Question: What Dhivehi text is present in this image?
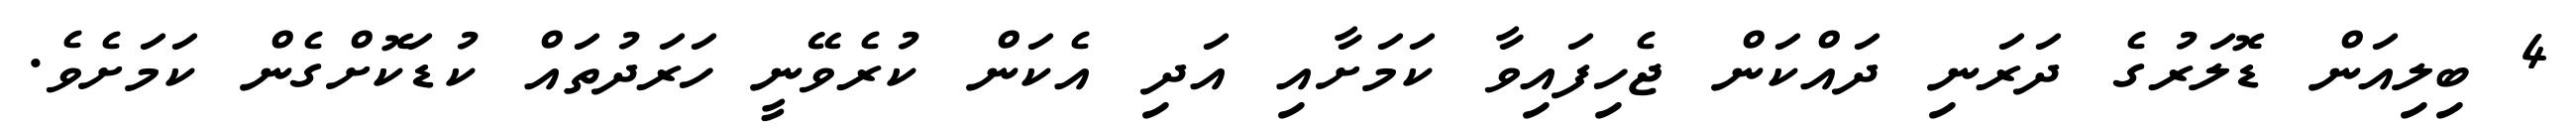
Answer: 4 ބިލިއަން ޑޮލަރުގެ ދަރަނި ދައްކަން ޖެހިފައިވާ ކަމަށާއި އަދި އެކަން ކުރެވޭނީ ހަރަދުތައް ކުޑަކޮށްގެން ކަމަށެވެ.